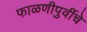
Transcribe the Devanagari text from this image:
फाळणीपुर्वीचे